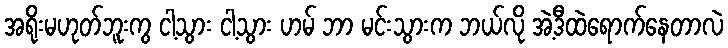
အရိုးမဟုတ်ဘူးကွ ငါ့သွား ငါ့သွား ဟမ် ဘာ မင်းသွားက ဘယ်လို အဲ့ဒီထဲရောက်နေတာလဲ